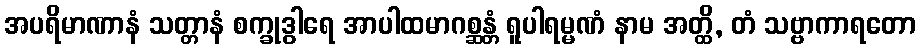
အပရိမာဏာနံ သတ္တာနံ စက္ခုဒွါရေ အာပါထမာဂစ္ဆန္တံ ရူပါရမ္မဏံ နာမ အတ္ထိ, တံ သဗ္ဗာကာရတော